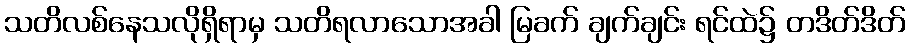
သတိလစ်နေသလိုရှိရာမှ သတိရလာသောအခါ မြခက် ချက်ချင်း ရင်ထဲ၌ တဒိတ်ဒိတ်